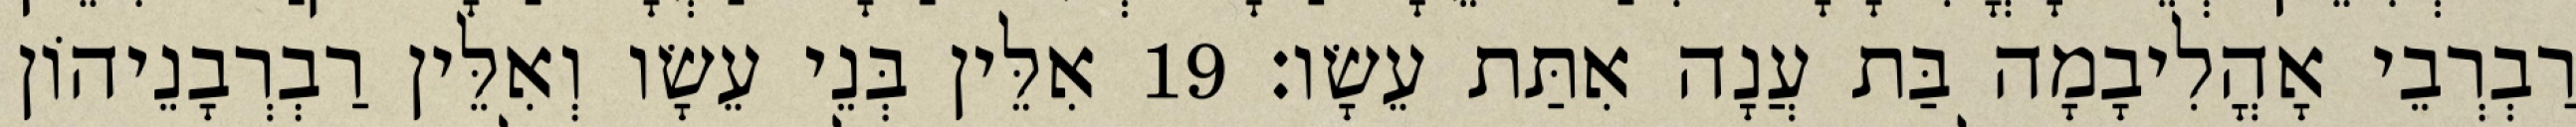
רַבְרְבֵי אָהֳלִיבָמָה בַּת עֲנָה אִתַּת עֵשָׂו׃ 19 אִלֵּין בְּנֵי עֵשָׂו וְאִלֵּין רַבְרְבָנֵיהוֹן